Annual report of the Prince of Wales Medical College, Patna
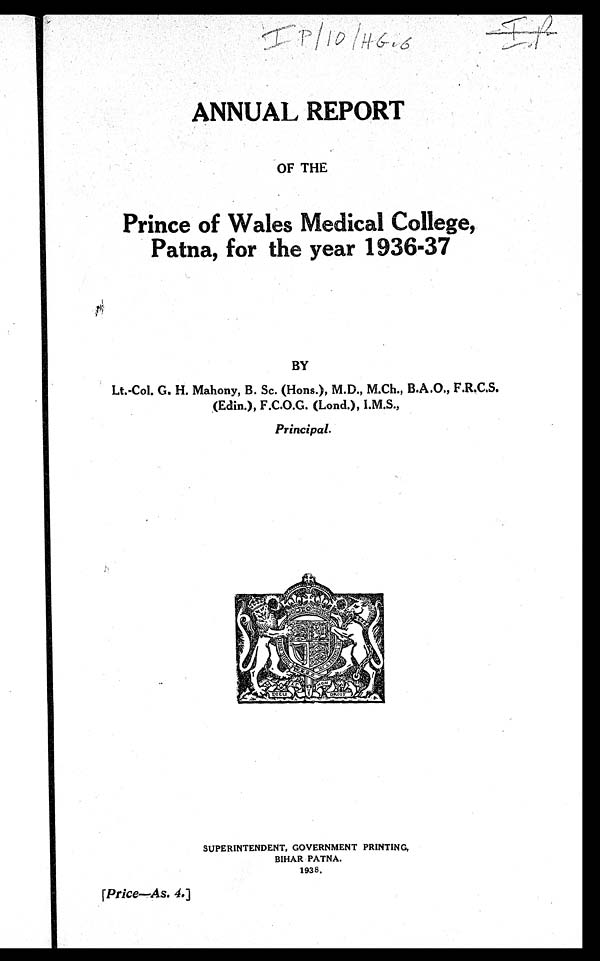
I P | 1 0 | H G . 6 I P
ANNUAL REPORT
OF THE
Prince of Wales Medical College,
Patna, for the year 1936-37
BY
Lt.-CoI. G. H. Mahony, B. Sc. (Hons.), M.D., M.Ch., B.A.O., F.R.C.S.
(Edin.), F.C.O.G. (Load.), I.M.S.,
Principal.
SUPERINTENDENT, GOVERNMENT PRINTING,
BIHAR PATNA.
1938.
[Price—As. 4. ]